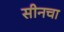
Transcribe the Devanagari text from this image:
सीनचा